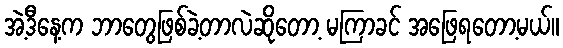
အဲ့ဒီနေ့က ဘာတွေဖြစ်ခဲ့တာလဲဆိုတော့ မကြာခင် အဖြေရတော့မယ်။